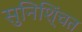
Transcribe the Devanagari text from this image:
सुनिशि्ंचत